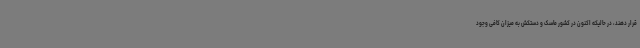
قرار دهند، در حالیکه اکنون در کشور ماسک و دستکش به میزان کافی وجود